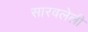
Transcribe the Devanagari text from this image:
सारवलेली